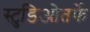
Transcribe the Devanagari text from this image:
स्टुडिओतर्फे